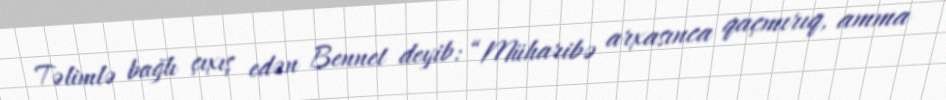
Təlimlə bağlı çıxış edən Bennet deyib: “Müharibə arxasınca qaçmırıq, amma